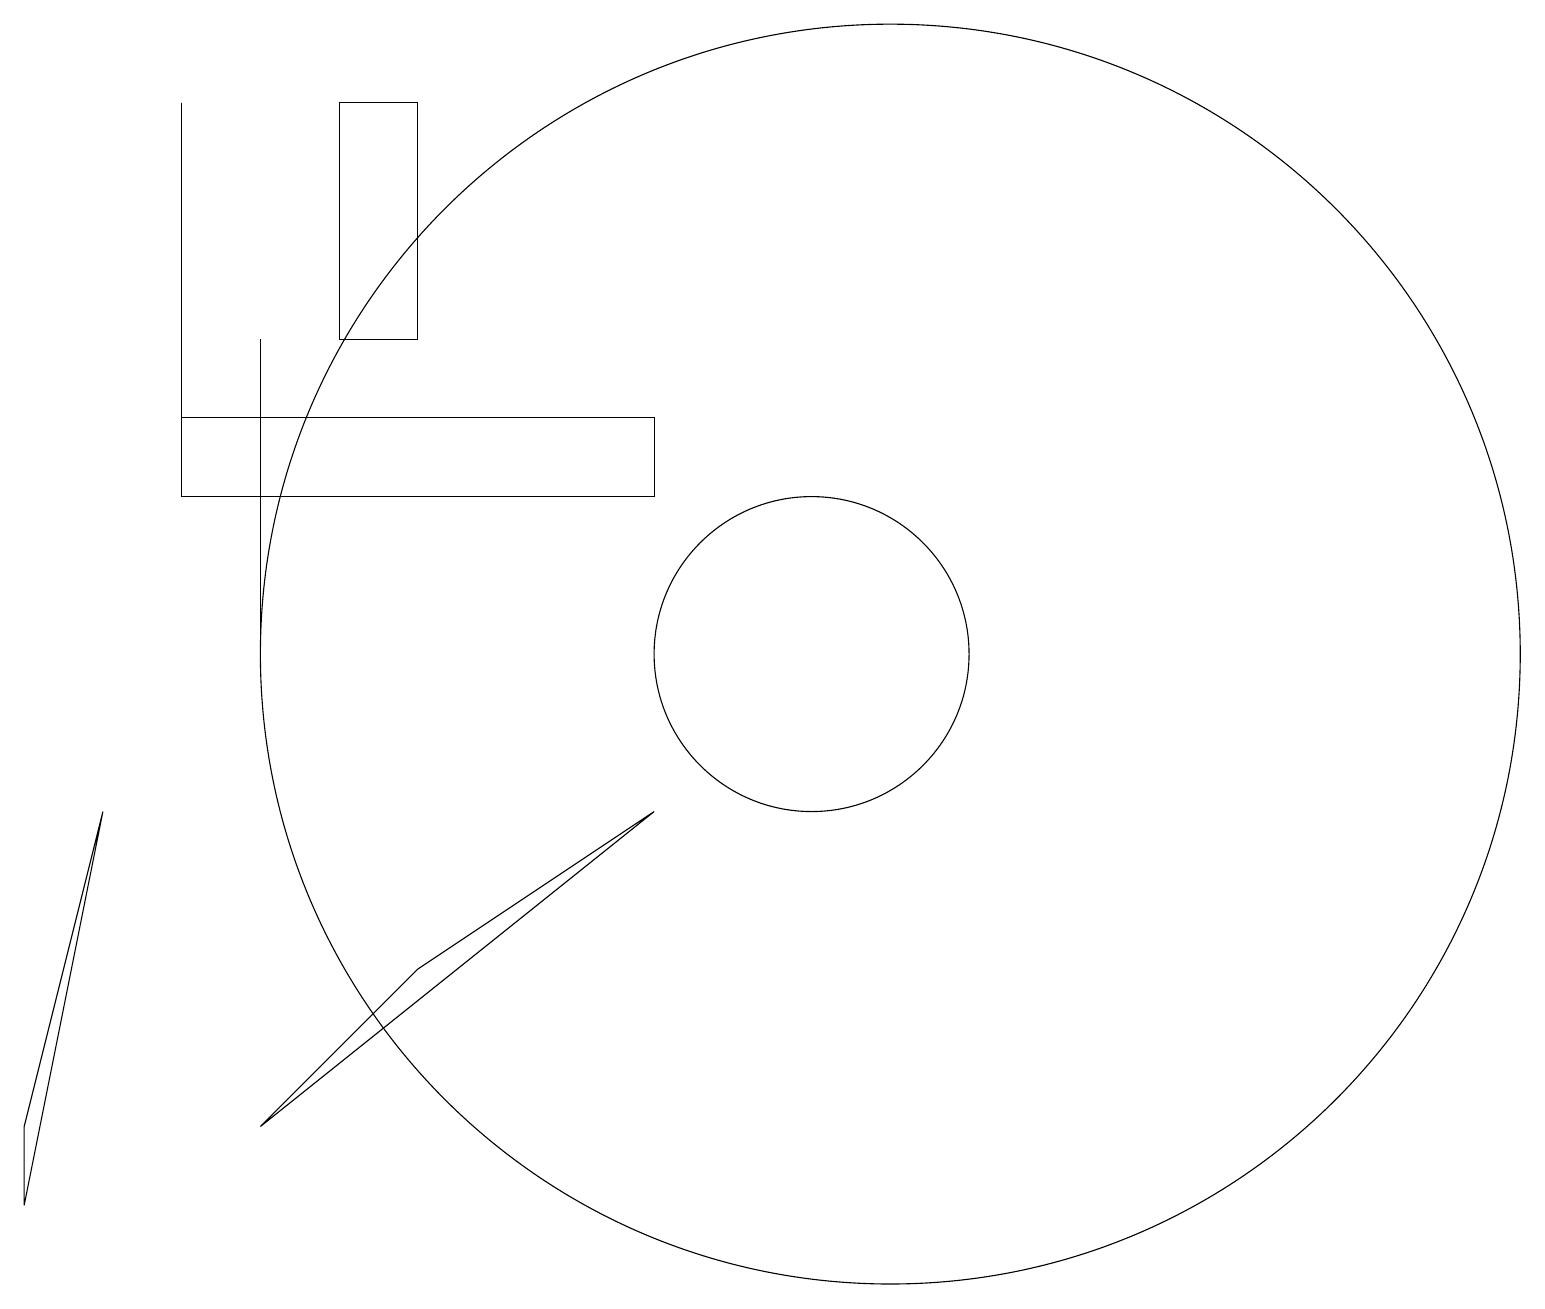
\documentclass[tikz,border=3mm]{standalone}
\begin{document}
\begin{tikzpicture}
\draw (4,15) rectangle (5,18);
\draw (8,14) rectangle (2,13);
\draw (1,9) -- (0,4) -- (0,5) -- cycle;
\draw (10,11) circle (2);
\draw (5,7) -- (8,9) -- (3,5) -- cycle;
\draw (3,15) rectangle (3,11);
\draw (11,11) circle (8);
\draw (2,18) rectangle (2,14);
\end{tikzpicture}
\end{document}